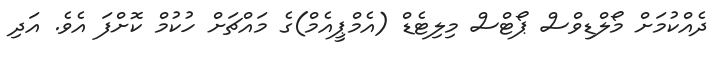
ދެއްކުމަށް މޯލްޑިވްސް ޕޯޓްސް މިލިޓެޑް (އެމްޕީއެމް)ގެ މައްޗަށް ހުކުމް ކޮށްފަ އެވެ. އަދި